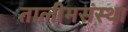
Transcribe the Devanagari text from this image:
तालीमसंस्था